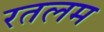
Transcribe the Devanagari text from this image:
रतलम